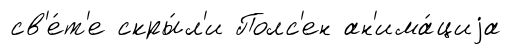
св'е́т'е скры́л'и Полс'ен ан'има́циjа